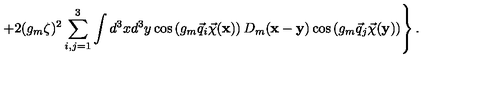
\left. + 2 ( g _ { m } \zeta ) ^ { 2 } \sum _ { i , j = 1 } ^ { 3 } \int d ^ { 3 } x d ^ { 3 } y \cos \left( g _ { m } \vec { q } _ { i } \vec { \chi } ( { \bf x } ) \right) D _ { m } ( { \bf x } - { \bf y } ) \cos \left( g _ { m } \vec { q } _ { j } \vec { \chi } ( { \bf y } ) \right) \right\} .